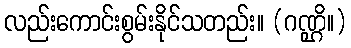
လည်းကောင်းစွမ်းနိုင်သတည်း။ (ဂဏ္ဌိ။)